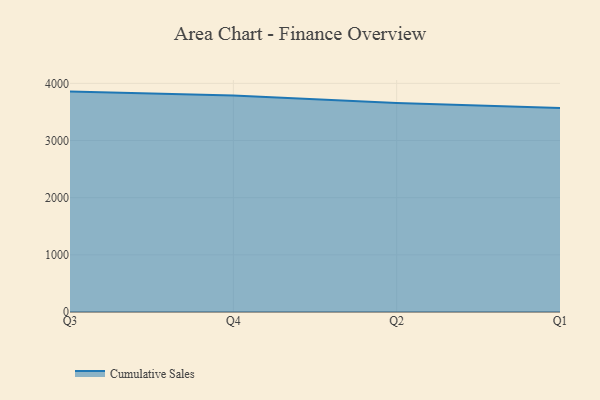
{"axis": {"x": "Quarter", "y": "Market Share (%)"}, "legend": ["Cumulative Sales"], "data": [{"x": "Q3", "y": 3855.5, "type": "Cumulative Sales"}, {"x": "Q4", "y": 3787.7, "type": "Cumulative Sales"}, {"x": "Q2", "y": 3654.3, "type": "Cumulative Sales"}, {"x": "Q1", "y": 3569.1, "type": "Cumulative Sales"}]}